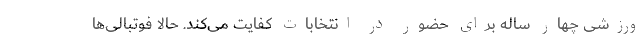
ورزشی چهار ساله برای حضور در انتخابات کفایت می‌کند. حالا فوتبالی‌ها